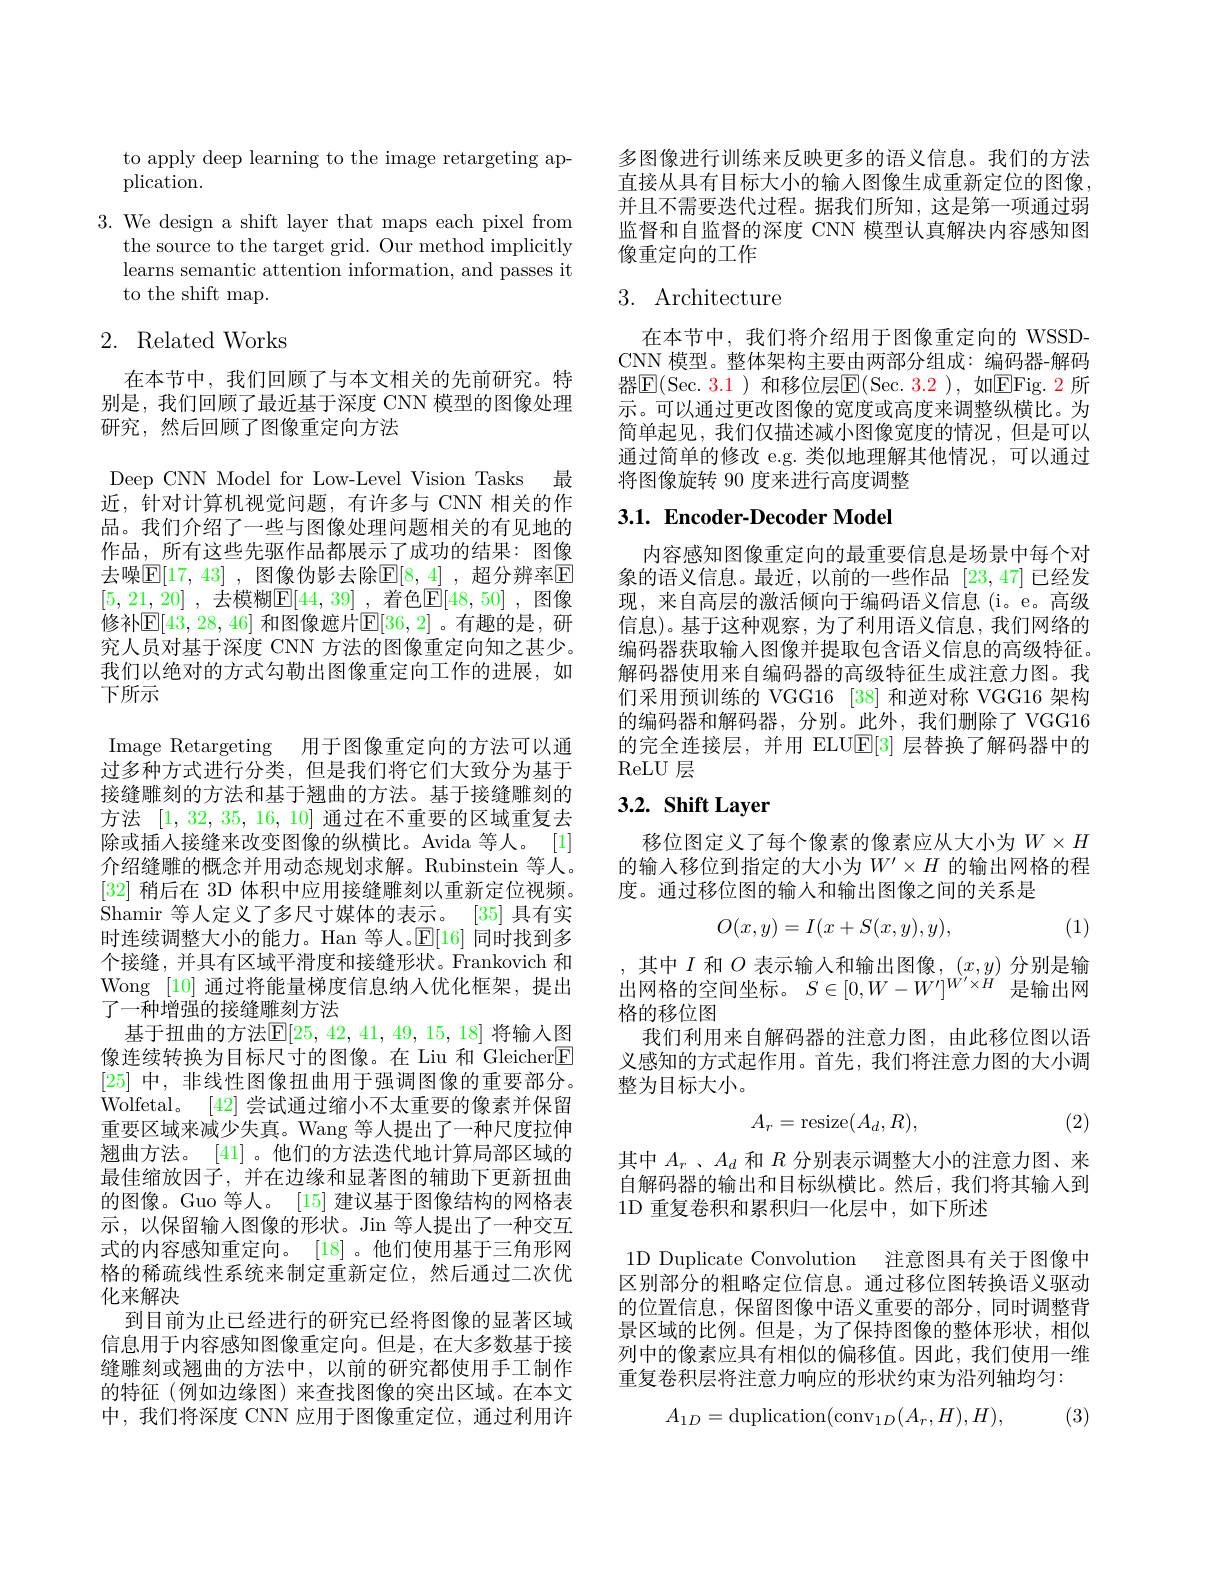
to apply deep learning to the image retargeting ap-
plication.

3. We design a shift layer that maps each pixel from
the source to the target grid. Our method implicitly learns semantic attention information, and passes it to the shift map.

## 2. Related Works

在本节中，我们回顾了与本文相关的先前研究。特别是，我们回顾了最近基于深度 CNN 模型的图像处理研究，然后回顾了图像重定向方法

Deep CNN Model for Low-Level Vision Tasks 最

近，针对计算机视觉问题，有许多与 CNN 相关的作品。我们介绍了一些与图像处理问题相关的有见地的作品，所有这些先驱作品都展示了成功的结果：图像去噪$\overline {\mathbb{E} }[ 17$, 43] , 图像伪影去除$\mathbb{E} [ 8$, 4] , 超分辨率$\mathbb{E}$ [5,21,20] , 去模糊$\mathbb{E} [ 44, 39]$ , 着色$\mathbb{E} [ 48, 50]$ , 图像修补$\mathbb{E}[43,28,46]$ 和图像遮片$\mathbb{E}[36,2]$ 。有趣的是，研究人员对基于深度 CNN 方法的图像重定向知之甚少。我们以绝对的方式勾勒出图像重定向工作的进展，如下所示

Image Retargeting 用于图像重定向的方法可以通过多种方式进行分类，但是我们将它们大致分为基于接缝雕刻的方法和基于翘曲的方法。基于接缝雕刻的方法[1,32,35,16,10]通过在不重要的区域重复去除或插入接缝来改变图像的纵横比。Avida 等人。[1] 介绍缝雕的概念并用动态规划求解。Rubinstein 等人。[32]稍后在 3D 体积中应用接缝雕刻以重新定位视频。Shamir 等人定义了多尺寸媒体的表示。[35]具有实时连续调整大小的能力。Han 等人。$\mathbb{E}[16]$同时找到多个接缝，并具有区域平滑度和接缝形状。Frankovich 和Wong [10]通过将能量梯度信息纳入优化框架，提出了一种增强的接缝雕刻方法
基于扭曲的方法$\mathbb{E}[25,42,41,49,15,18]$ 将输入图像连续转换为目标尺寸的图像。在 Liu 和 Gleicher[E] [25]中，非线性图像扭曲用于强调图像的重要部分。Wolfetal。[42]尝试通过缩小不太重要的像素并保留重要区域来减少失真。Wang 等人提出了一种尺度拉伸翘曲方法。[41] 。他们的方法迭代地计算局部区域的最佳缩放因子，并在边缘和显著图的辅助下更新扭曲的图像。Guo 等人。[15] 建议基于图像结构的网格表示，以保留输入图像的形状。Jin 等人提出了一种交互式的内容感知重定向。[18] 。他们使用基于三角形网格的稀疏线性系统来制定重新定位，然后通过二次优化来解决
到目前为止已经进行的研究已经将图像的显著区域信息用于内容感知图像重定向。但是，在大多数基于接缝雕刻或翘曲的方法中，以前的研究都使用手工制作的特征(例如边缘图)来查找图像的突出区域。在本文中，我们将深度 CNN 应用于图像重定位，通过利用许

多图像进行训练来反映更多的语义信息。我们的方法直接从具有目标大小的输入图像生成重新定位的图像并且不需要迭代过程。据我们所知，这是第一项通过弱监督和自监督的深度 CNN 模型认真解决内容感知图像重定向的工作

# 3. Architecture

在本节中，我们将介绍用于图像重定向的 WSSDCNN 模型。整体架构主要由两部分组成：编码器-解码器$\operatorname{E}(\operatorname{Sec.~3.1}$ )和移位层$\operatorname{E}(\operatorname{Sec.~3.2}$ ),如$\operatorname{EFig.~2}$ 所示。可以通过更改图像的宽度或高度来调整纵横比。为简单起见，我们仅描述减小图像宽度的情况，但是可以通过简单的修改 e.g. 类似地理解其他情况，可以通过将图像旋转 90 度来进行高度调整

# 3.1. Encoder-Decoder Model

内容感知图像重定向的最重要信息是场景中每个对象的语义信息。最近，以前的一些作品 [23,47] 已经发现，来自高层的激活倾向于编码语义信息(i。e。高级信息)。基于这种观察，为了利用语义信息，我们网络的编码器获取输入图像并提取包含语义信息的高级特征。解码器使用来自编码器的高级特征生成注意力图。我们采用预训练的 VGG16 [38] 和逆对称 VGG16 架构的编码器和解码器，分别。此外，我们删除了VGG16的完全连接层，并用 ELU$\mathbb{E}[3]$层替换了解码器中的$\operatorname{ReLU}$层

# 3.2. Shift Layer

移位图定义了每个像素的像素应从大小为$W\times H$ 的输入移位到指定的大小为$W^\prime\times H$ 的输出网格的程度。通过移位图的输入和输出图像之间的关系是
$$O(x,y)=I(x+S(x,y),y),$$
(1)

,其中$I$和$O$表示输入和输出图像，$(x,y)$分别是输出网格的空间坐标。$S\in[0,W-W^{\prime}]^{W^{\prime}\times H}$是输出网格的移位图
我们利用来自解码器的注意力图，由此移位图以语义感知的方式起作用。首先，我们将注意力图的大小调整为目标大小。
$$A_r=\text{resize}(A_d,R),$$
(2)

其中$A_r$ $、 A_d$和$R$分别表示调整大小的注意力图、来自解码器的输出和目标纵横比。然后，我们将其输入到1D 重复卷积和累积归一化层中，如下所述

1D Duplicate Convolution 注意图具有关于图像中区别部分的粗略定位信息。通过移位图转换语义驱动的位置信息，保留图像中语义重要的部分，同时调整背景区域的比例。但是，为了保持图像的整体形状，相似列中的像素应具有相似的偏移值。因此，我们使用一维重复卷积层将注意力响应的形状约束为沿列轴均匀：

(3)
$$A_{1D}=\mathrm{duplication}(\mathrm{conv}_{1D}(A_{r},H),H),$$